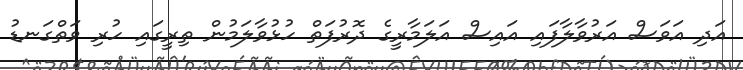
އަދި އަވަސް އަރުވާލާފައި އައިސް އަލަމާރީގެ ދޮރުފަތް ހުޅުވާލަމުން ތިރީގައި ހުރި ވަތްގަނޑު